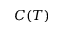
C ( T )